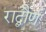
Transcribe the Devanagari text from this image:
राद्बौर्ण